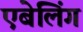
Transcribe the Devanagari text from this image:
एबेलिंग